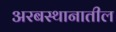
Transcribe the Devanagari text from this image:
अरबस्थानातील